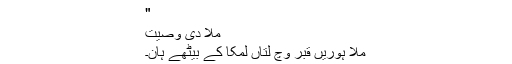
"
مُلا دی وصیت
مُلا ہوریں قبر وچ لتاں لمکا کے بیٹھے ہان۔